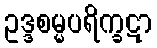
ဥဒ္ဒစမ္မပရိက္ခဋာ